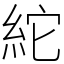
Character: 紽